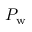
P _ { \mathrm { { w } } }